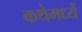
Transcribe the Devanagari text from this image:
कथेमध्यें